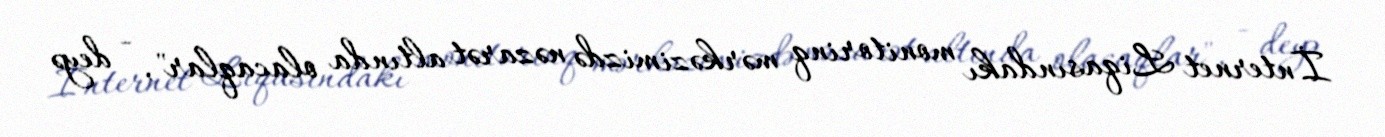
İnternet Liqasındakı monitorinq mərkəzimizdə nəzarət altında olacaqlar", - deyə